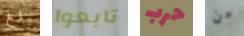
مبلغ تابعوا حرب من